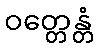
ဝတ္တေန္တံ